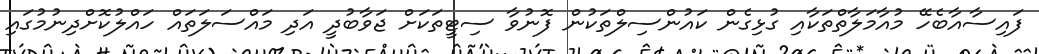
ފައިސާއާބެހޭ މުއާމަލާތްތަކާއި ގުޅިގެން ކައުންސިލްތަކުން ފޮނުވާ ސިޓީތަކަށް ޖަވާބުދީ އަދި މައްސަލަތައް ހައްލުކޮށްދިނުމުގައި